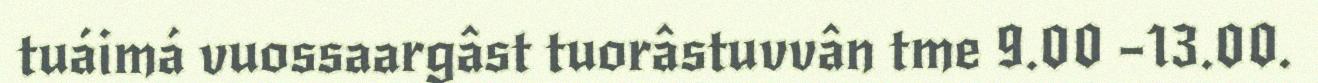
tuáimá vuossaargâst tuorâstuvvân tme 9.00 –13.00.